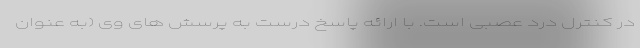
در کنترل درد عصبی است. با ارائه پاسخ درست به پرسش های وی (به عنوان